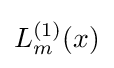
L_{m}^{(1)}(x)